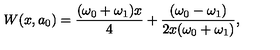
W ( x , a _ { 0 } ) = \frac { ( \omega _ { 0 } + \omega _ { 1 } ) x } { 4 } + \frac { ( \omega _ { 0 } - \omega _ { 1 } ) } { 2 x ( \omega _ { 0 } + \omega _ { 1 } ) } ,